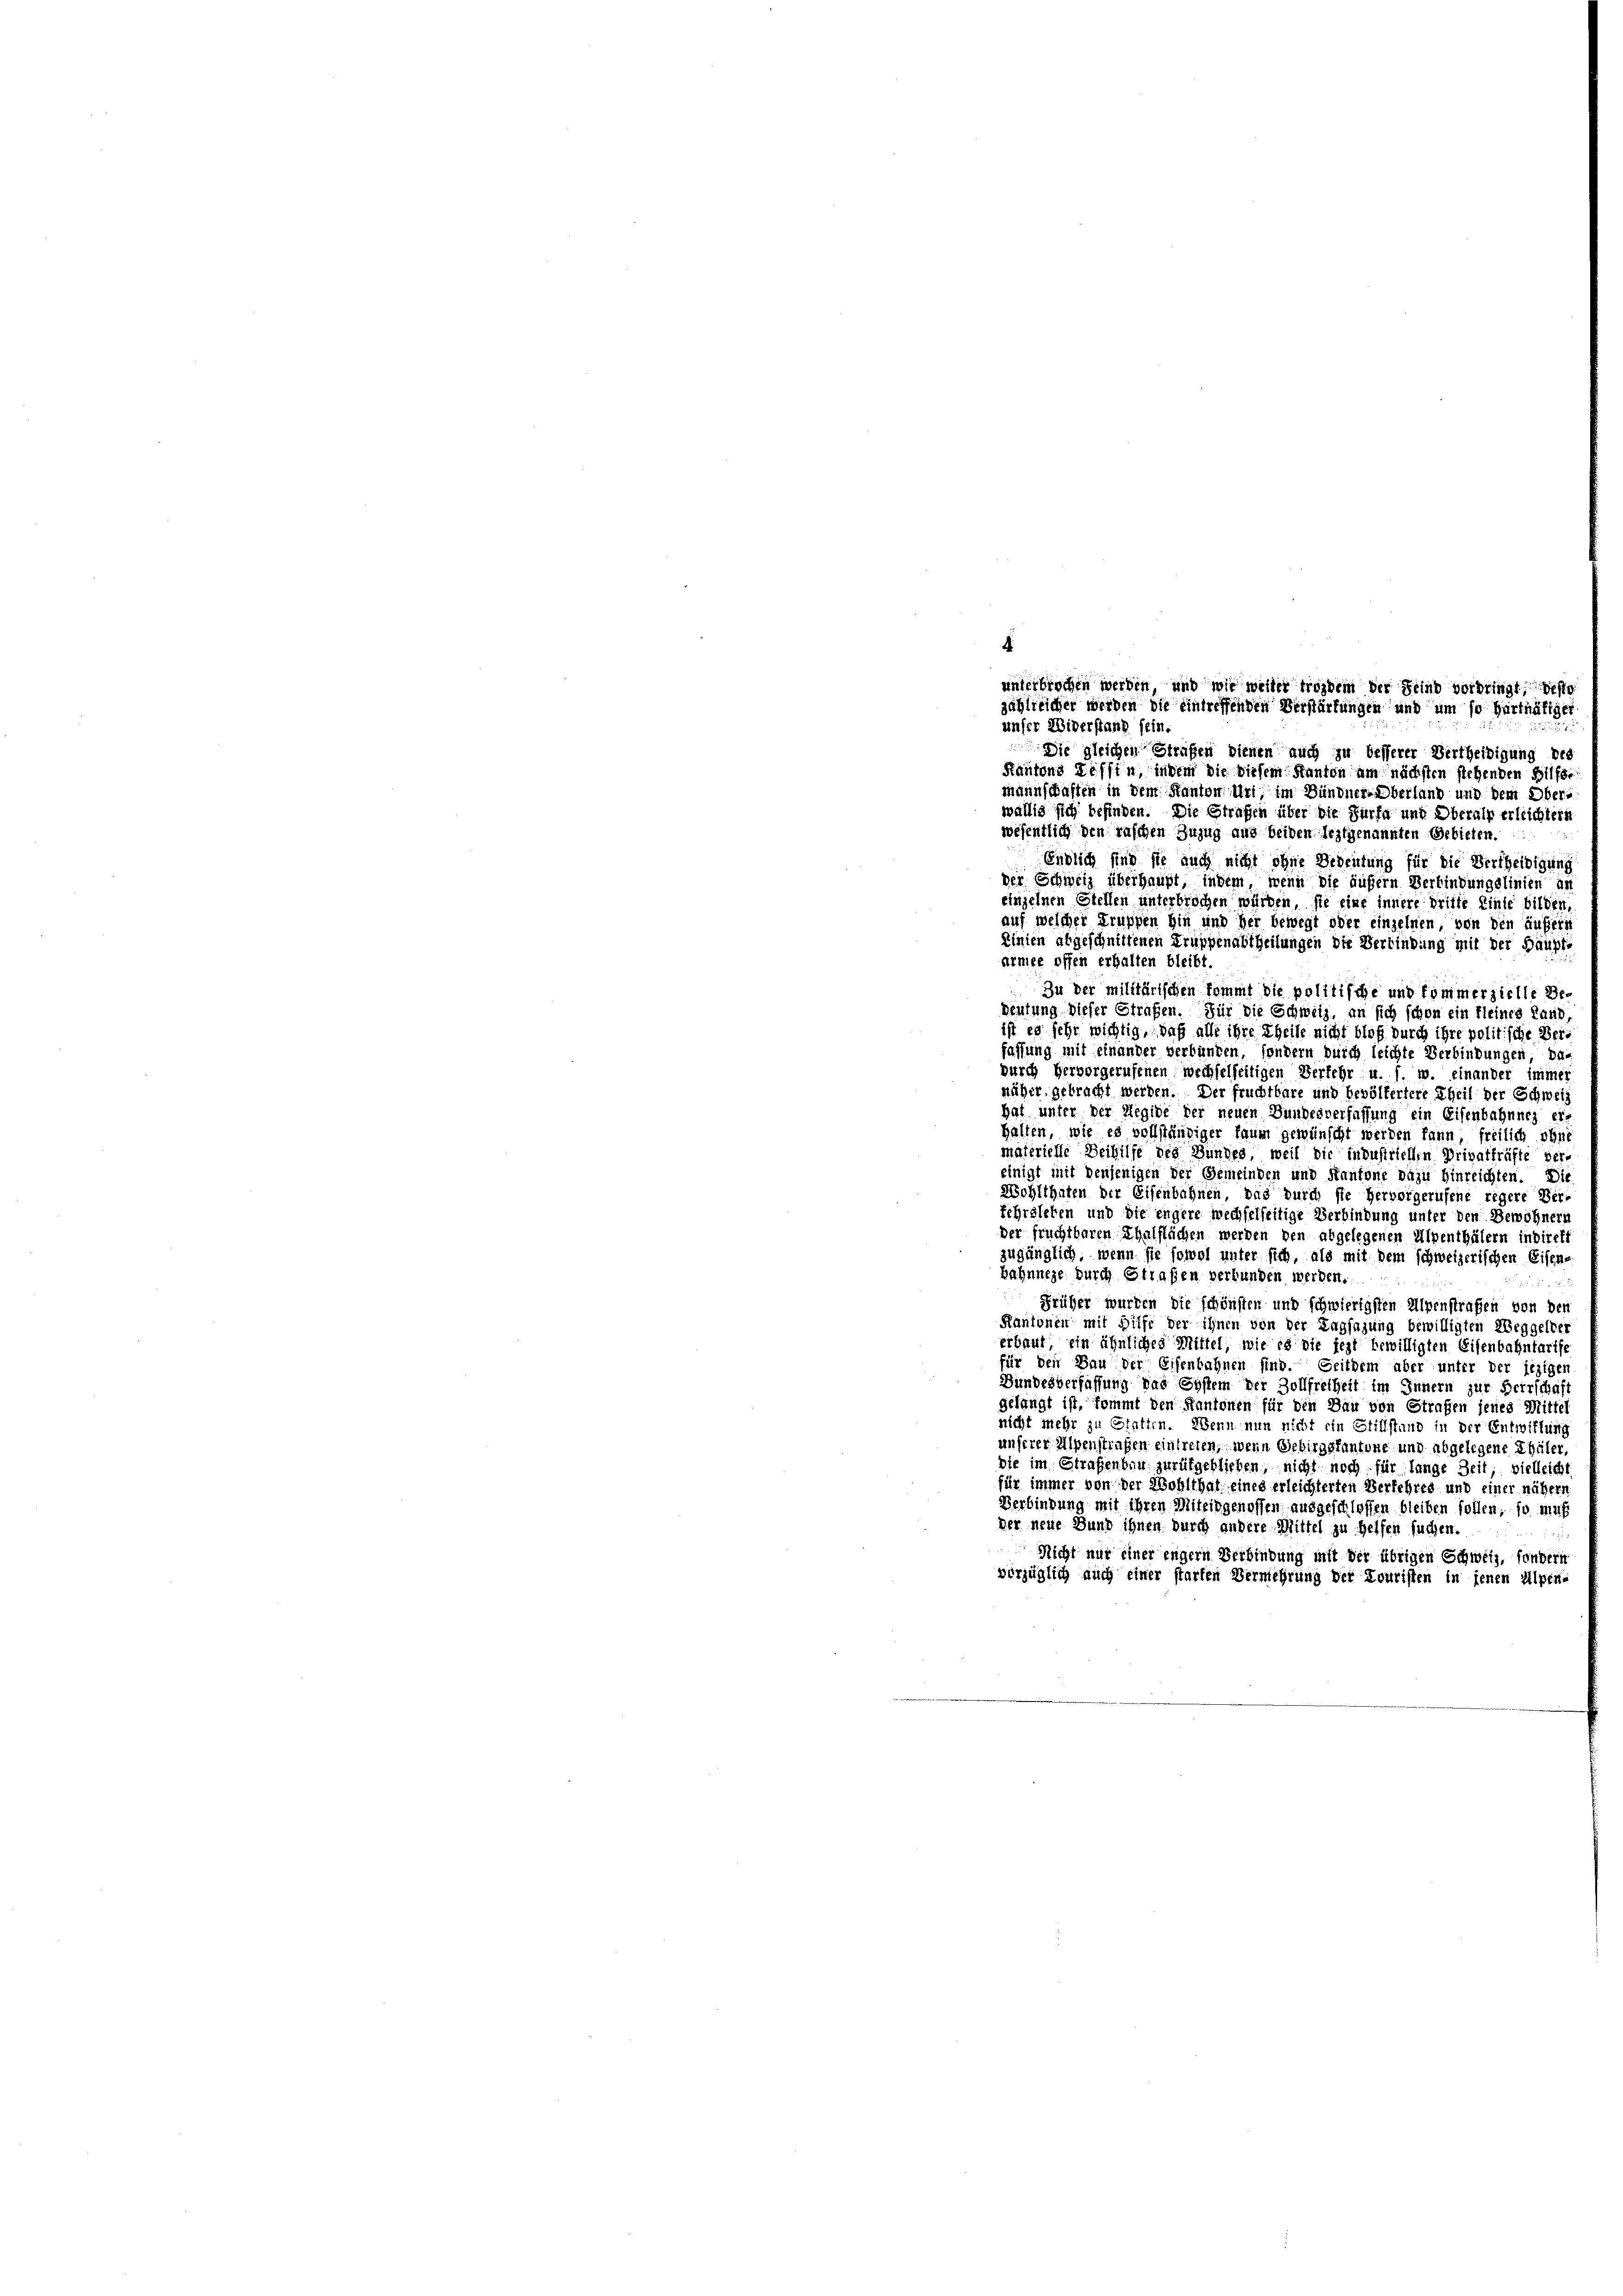
4
unterbrochen werden, und wir weiler trozdem der Feind vorbringt, festg
jählreicher werden die eintreffenden Verstärfungen und um so hartnätigen
unser Widerstand sein.

Die gleichen Strafen dienen auch zu besserer Vertheidigung des
Kantons Tessin, indem die diesem Kanton am nächsten stehenden Hilfsmannschaften in dem Kanton Uri, im Bündner Überland und dem Obera
wällig sich befinden. Die Strafen über die Fürfe und Oberalp erleichtern
wesentlich den raschen Zuzug aus beiden Erstgenannten Gebieten.
Endlich sind sie auch nicht ohne Bedeutung für die Vertheidigung
der Schweiz überhaupt, indem, wenn die äußern Verbindungslinien an
einzelnen Stellen unterbrochen würden, sie eine innere dritte Einse bilden,
auf welcher Truppen hin und her bewegt oder einzelnen, von den äufern
Linien abgeschnittenen Truppenabtheilungen die Verbindung mit der Häupte
armee offen erhalten bleibt.
Zu der militärischen kommt die politische und kommerzielle Be-
Deutung dieser Strafen. Für die Schweiz, an sich schon ein kleines Land
ist es sehr wichtig, daß alle ihre Theile nicht bloß durch ihre politische Beri
fassung mit einander verbunken, sondern durch leichte Verbindungen, da-
durch Hervorgerufenen wechselseitigen Verfehr u. s. w. einander immer
näher, gebracht werden. Der fruchtbare und bevölkertere Theil der Schweiz
hat unter der Regide der neuen Gundesverfassung ein Eisenbahnnes erhalten, wie es vollständiger kaum gewünscht werden kann, freilich ohne
materielle Beihilfe des Bundes, weil die industriellen Privatfräfte ver-
einigt mit denjenigen der Gemeinden und Kantone dazu hinreichten. Die
Wohlthaten der Eisenbahnen, das durch sie hervorgerufene regere Ver-
fehrsleben und die engere wechselseitige Verbindung unter den Bewohnern
der fruchtbaren Thalflächen werden den abgelegenen Alpenthälern indirekt
zugänglich, wenn sie sowol unter sich, als mit dem schweizerischen Eisen-
bahnnege durch Straßen verbunden werden.
Früher wurden die schönsten und schwierigsten Alpenstrafen von den
Kantonen mit Hilfe der ihnen von der Englagung bewilligten Weggelber
erbaut, ein ähnliches Mittel, wie es die jezt bewilligten Eisenbahntarife
für den Bau der Eisenbahnen sind. Seitdem aber unter der jezigen
Bundesverfassung das System der Zollfreiheit im Innern zur Herrschaft
gelangt ist, kommt den Kantonen für den Bau von Strafen jenes Mittel
nicht mehr zu Estatten. Wenn nun nicht ein Stillstand in der Entwiflung
unserer Alpenstrafen eintreten, wenn Gebirgskantone und abgelegene Thäler,
die im Straßenbar zurükgeblieben, nicht noch für lange Zeit, vielleicht
für immer von der Wohlthat eines erleichterten Verfehres und einer nähere
Verbindung mit ihren Miteidgenossen ausgeschlossen bleiben sollen, so muß
der neue Bund ihnen durch andere Mittel zu Helfen suchen.
Nicht nur einer engern Verbindung mit der übrigen Schweiz, sondern
verzüglich auch einer starten Vermehrung der Louristen in jenen Alpen-